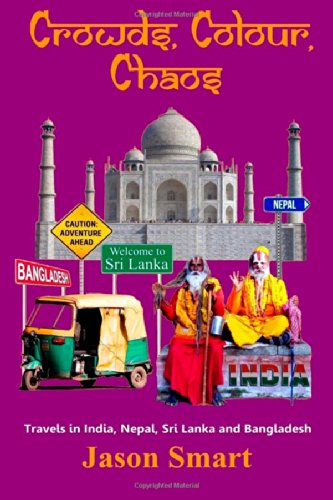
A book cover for Crowds, Chaos, Colour: Visiting India, Nepal, Sri Lanka and Bangladesh; Jason Smart; Travel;